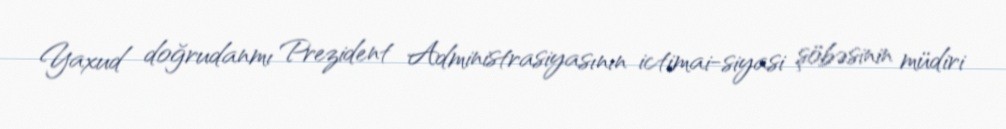
Yaxud doğrudanmı Prezident Administrasiyasının ictimai-siyasi şöbəsinin müdiri